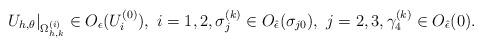
LaTeX: \begin{align*}U_{h,\theta}|_{\Omega_{h,k}^{(i)}}\in O_{\epsilon}({U}_i^{(0)}),\,\, i=1,2,\sigma_{j}^{(k)}\in O_{\hat{\epsilon}}(\sigma_{j0}),\,\, j=2,3,\gamma_{4}^{(k)}\in O_{\hat{\epsilon}}(0).\end{align*}